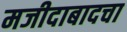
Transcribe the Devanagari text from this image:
मजीदाबादचा